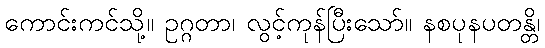
ကောင်းကင်သို့။ ဥဂ္ဂတာ၊ လွင့်ကုန်ပြီးသော်။ နစပုနပတန္တိ၊